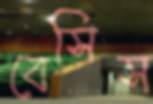
বেসিস